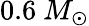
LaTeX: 0.6\ M_{\odot}